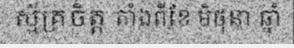
ស្ម័គ្រចិត្ត តាំងពីខែ មិថុនា ឆ្នាំ